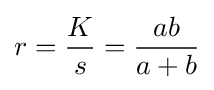
r={\frac {K}{s}}={\frac {ab}{a+b}}